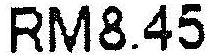
RM8.45